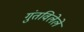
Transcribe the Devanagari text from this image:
गुंतविलेले